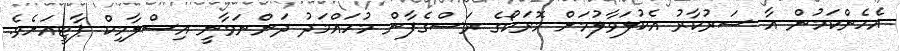
އެހެންކަމުން އާ ސަރުކާރު އެކުލަވާލުމަށް މޮރަކޯގެ ރަސްގެފާން މުހައްމަދު ދަންނަވާނީ އިސްލާމިކް ޕާޓީއަށެވެ.